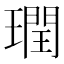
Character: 𪼙